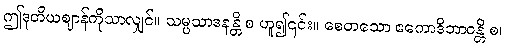
ဤဒုတိယဈာန်ကိုသာလျှင်။ သမ္ပသာဒနန္တိ စ ဟူ၍၎င်း။ စေတသော ဧကောဒိဘာဝန္တိ စ၊